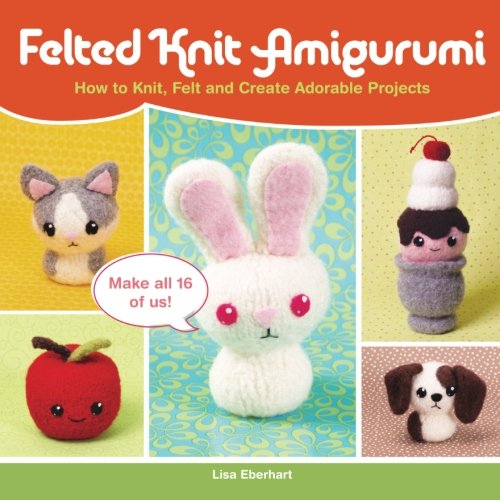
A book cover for Felted Knit Amigurumi: How to Knit, Felt and Create Adorable Projects; Lisa Eberhart; Crafts, Hobbies & Home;